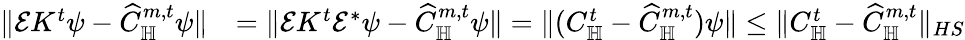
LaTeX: \begin{array}{rl}{\| \mathcal EK^{t}\psi-\widehat C_{\mathbb H}^{m,t}\psi\| }&{=\| \mathcal EK^{t}\mathcal E^{*}\psi-\widehat C_{\mathbb H}^{m,t}\psi\| =\| (C_{\mathbb H}^{t}-\widehat C_{\mathbb H}^{m,t})\psi\| \le\| C_{\mathbb H}^{t}-\widehat C_{\mathbb H}^{m,t}\| _{HS}}\end{array}